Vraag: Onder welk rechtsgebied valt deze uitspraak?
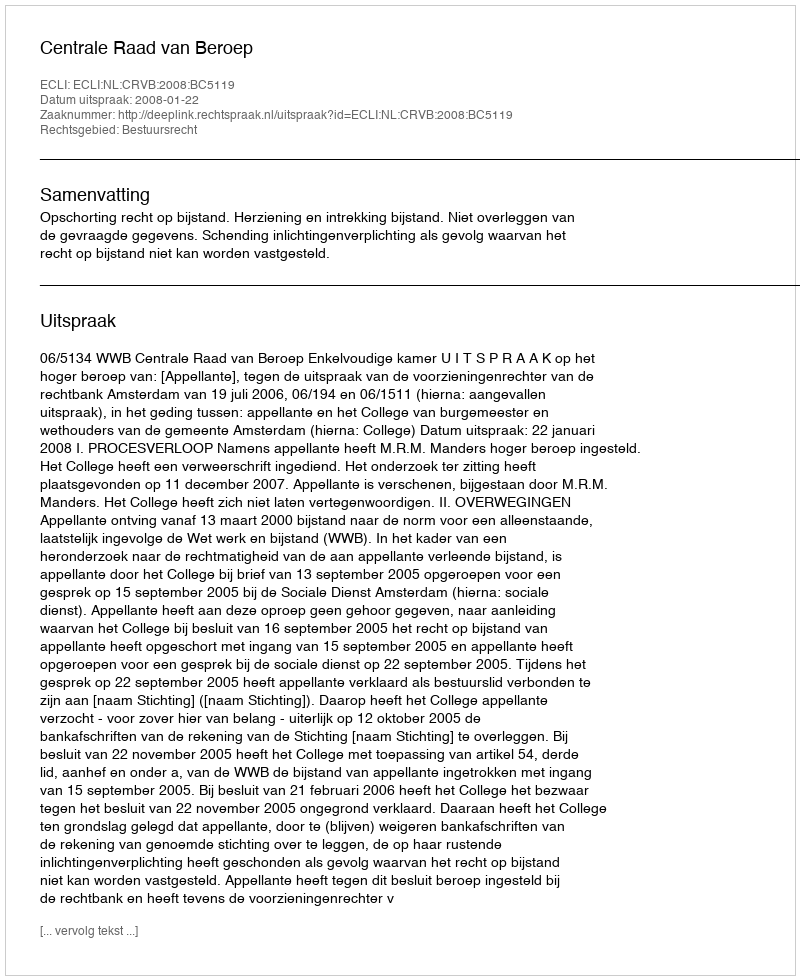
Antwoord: Bestuursrecht